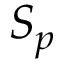
S _ { p }